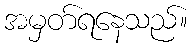
အမှတ်ရနေသည်။